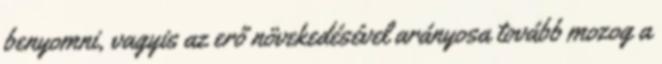
benyomni, vagyis az erő növekedésével arányosa tovább mozog a